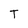
Character: T